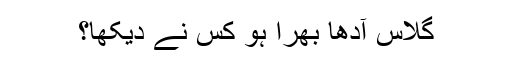
گلاس آدھا بھرا ہو کس نے دیکھا؟